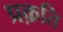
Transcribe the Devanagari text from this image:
प्रक़ति